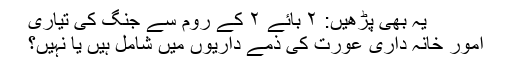
یہ بھی پڑھیں: ۲ بائے ۲ کے روم سے جنگ کی تیاری
امورِ خانہ داری عورت کی ذمے داریوں میں شامل ہیں یا نہیں؟